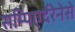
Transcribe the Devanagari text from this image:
सम्पिएर्दरेनेसे